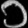
Digit: ၁